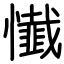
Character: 懴